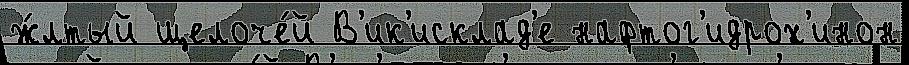
ж́лтый щелоче́й В'ик'исклад'е нафтог'идрох'инон